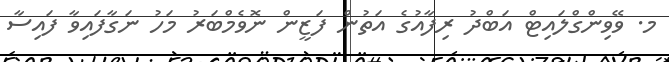
މ. ވޭވިންގްލައިޓް އަބްދު ރިފާއުގެ އަތުން ފަޒީން ނޮވެމްބަރު މަހު ނަގާފައިވާ ފައިސާ